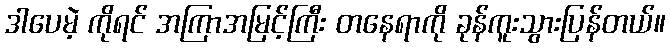
ဒါပေမဲ့ ကိုရင် အကြာအမြင့်ကြီး တနေရာကို ခုန်ကူးသွားပြန်တယ်။